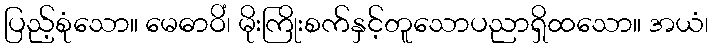
ပြည့်စုံသော။ မေဓာဝိံ၊ မိုးကြိုးစက်နှင့်တူသောပညာရှိထသော။ အယံ၊